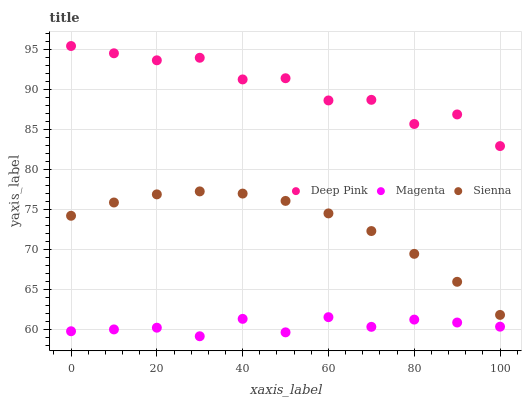
| xaxis_label | Deep Pink | Magenta | Sienna |
 | --- | --- | --- | --- |
 | 0 | 95.5 | 59.8 | 74.3 |
 | 10 | 94.6 | 60.1 | 75.9 |
 | 20 | 93.7 | 60.3 | 76.9 |
 | 30 | 94 | 59.2 | 77.3 |
 | 40 | 91.3 | 61.4 | 77 |
 | 50 | 91.5 | 59.7 | 76.1 |
 | 60 | 88.7 | 61.6 | 74.6 |
 | 70 | 88.8 | 60.4 | 72.4 |
 | 80 | 85.7 | 61.3 | 69.5 |
 | 90 | 86.9 | 60.9 | 66 |
 | 100 | 83 | 60.4 | 61.9 |